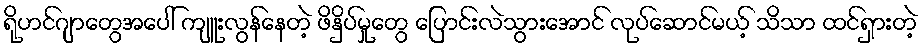
ရိုဟင်ဂျာတွေအပေါ် ကျူးလွန်နေတဲ့ ဖိနှိပ်မှုတွေ ပြောင်းလဲသွားအောင် လုပ်ဆောင်မယ့် သိသာ ထင်ရှားတဲ့